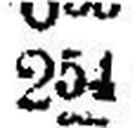
254